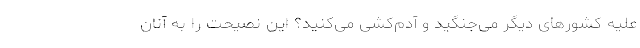
علیه کشورهای دیگر می‌جنگید و آدم‌کشی می‌کنید؟‌ این نصیحت را به آنان